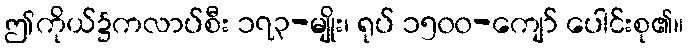
ဤကိုယ်၌ကလာပ်စီး ၁၇၃-မျိုး၊ ရုပ် ၁၅၀၀-ကျော် ပေါင်းစု၏။